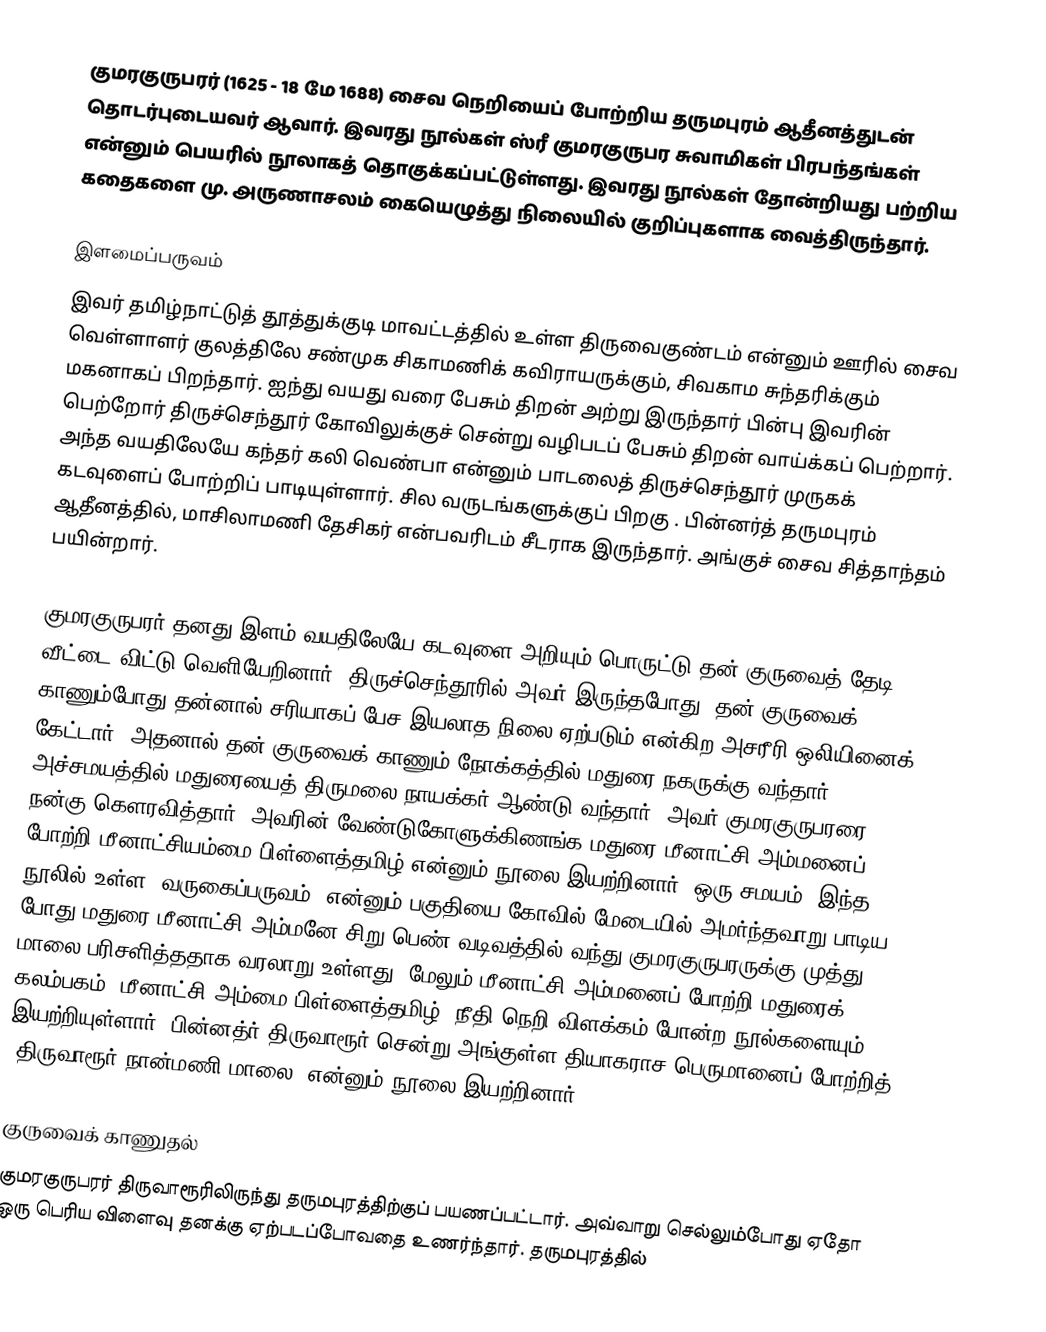
குமரகுருபரர் (1625 - 18 மே 1688) சைவ நெறியைப் போற்றிய தருமபுரம் ஆதீனத்துடன் தொடர்புடையவர் ஆவார். இவரது நூல்கள் ஸ்ரீ குமரகுருபர சுவாமிகள் பிரபந்தங்கள் என்னும் பெயரில் நூலாகத் தொகுக்கப்பட்டுள்ளது. இவரது நூல்கள்  தோன்றியது பற்றிய கதைகளை மு. அருணாசலம் கையெழுத்து நிலையில் குறிப்புகளாக வைத்திருந்தார்.

இளமைப்பருவம்
இவர் தமிழ்நாட்டுத் தூத்துக்குடி மாவட்டத்தில் உள்ள திருவைகுண்டம் என்னும் ஊரில் சைவ வெள்ளாளர் குலத்திலே சண்முக சிகாமணிக் கவிராயருக்கும், சிவகாம சுந்தரிக்கும் மகனாகப் பிறந்தார். ஐந்து வயது வரை பேசும் திறன் அற்று இருந்தார் பின்பு இவரின் பெற்றோர் திருச்செந்தூர் கோவிலுக்குச் சென்று வழிபடப் பேசும் திறன் வாய்க்கப் பெற்றார். அந்த வயதிலேயே கந்தர் கலி வெண்பா என்னும் பாடலைத் திருச்செந்தூர் முருகக் கடவுளைப் போற்றிப் பாடியுள்ளார். சில வருடங்களுக்குப் பிறகு . பின்னர்த் தருமபுரம் ஆதீனத்தில், மாசிலாமணி தேசிகர் என்பவரிடம் சீடராக இருந்தார். அங்குச் சைவ சித்தாந்தம் பயின்றார்.

குமரகுருபரர் தனது இளம் வயதிலேயே கடவுளை அறியும் பொருட்டு தன் குருவைத் தேடி வீட்டை விட்டு வெளியேறினார். திருச்செந்தூரில் அவர் இருந்தபோது, தன் குருவைக் காணும்போது தன்னால் சரியாகப் பேச இயலாத நிலை ஏற்படும் என்கிற அசரீரி ஒலியினைக் கேட்டார். அதனால் தன் குருவைக் காணும் நோக்கத்தில் மதுரை நகருக்கு வந்தார். அச்சமயத்தில் மதுரையைத் திருமலை நாயக்கர் ஆண்டு வந்தார். அவர் குமரகுருபரரை நன்கு கௌரவித்தார். அவரின் வேண்டுகோளுக்கிணங்க மதுரை மீனாட்சி அம்மனைப் போற்றி மீனாட்சியம்மை பிள்ளைத்தமிழ் என்னும் நூலை இயற்றினார். ஒரு சமயம், இந்த நூலில் உள்ள "வருகைப்பருவம்" என்னும் பகுதியை கோவில் மேடையில் அமர்ந்தவாறு பாடிய போது மதுரை மீனாட்சி அம்மனே சிறு பெண் வடிவத்தில் வந்து குமரகுருபரருக்கு முத்து மாலை பரிசளித்ததாக வரலாறு உள்ளது. மேலும் மீனாட்சி அம்மனைப் போற்றி மதுரைக் கலம்பகம், மீனாட்சி அம்மை பிள்ளைத்தமிழ், நீதி நெறி விளக்கம் போன்ற நூல்களையும் இயற்றியுள்ளார். பின்னத்ர் திருவாரூர் சென்று அங்குள்ள தியாகராச பெருமானைப் போற்றித் "திருவாரூர் நான்மணி மாலை" என்னும் நூலை இயற்றினார்.

குருவைக் காணுதல்
குமரகுருபரர் திருவாரூரிலிருந்து தருமபுரத்திற்குப் பயணப்பட்டார். அவ்வாறு செல்லும்போது ஏதோ ஒரு பெரிய விளைவு தனக்கு ஏற்படப்போவதை உணர்ந்தார். தருமபுரத்தில்